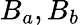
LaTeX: B_{a},B_{b}